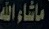
ماشاءالله